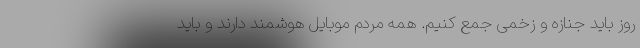
روز باید جنازه و زخمی جمع کنیم. همه مردم موبایل هوشمند دارند و باید